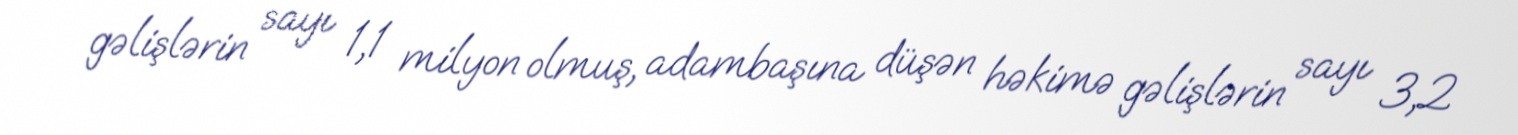
gəlişlərin sayı 1,1 milyon olmuş, adambaşına düşən həkimə gəlişlərin sayı 3,2